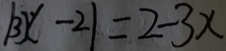
\vert 3 x - 2 \vert = 2 - 3 x